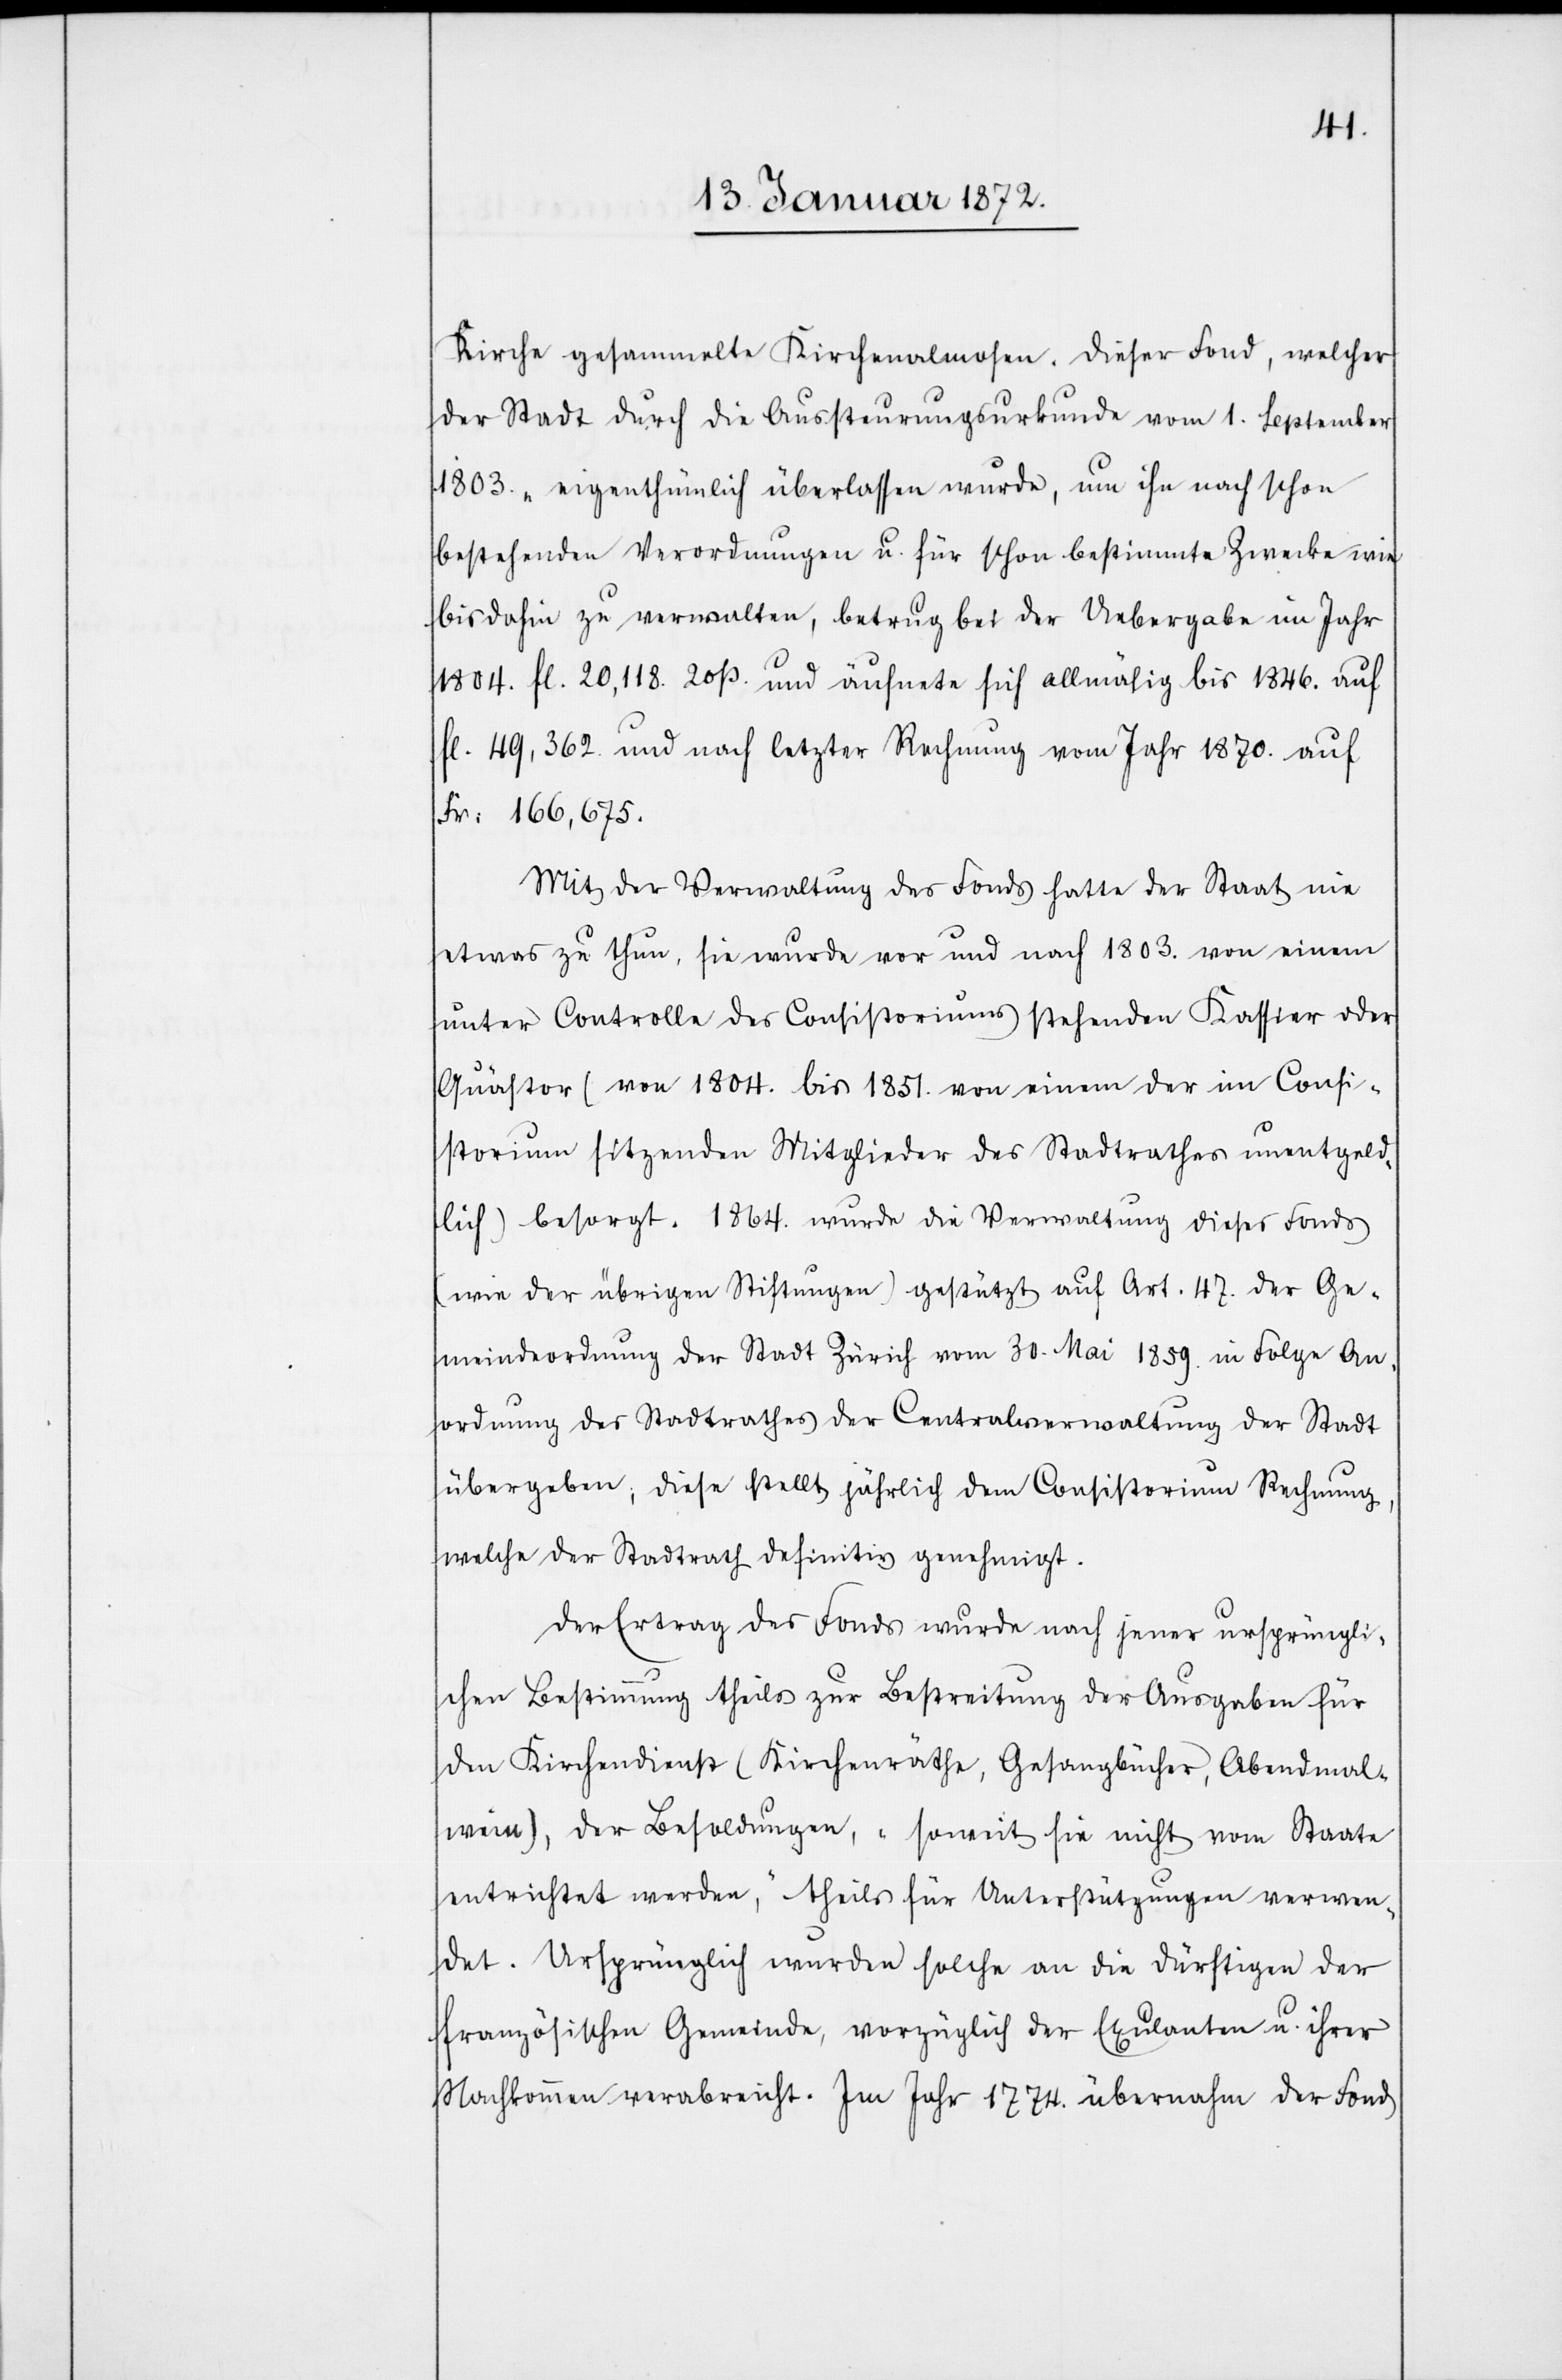
Kirche gesammelte Kirchenalmosen. Dieser Fond, welcher
der Stadt durch die Aussteurungsurkunde vom 1. September
1803. „eigenthümlich überlassen wurde, um ihn nach schon
bestehenden Verordnungen u. für schon bestimmte Zwecke wie
bis dahin zu verwalten, betrug bei der Uebergabe im Jahr
1804. fl. 20,118. 20ß und äufnete sich allmählig bis 1846. auf
fl. 49,362. und nach letzter Rechnung vom Jahr 1870. auf
Fr: 166,675.
Mit der Verwaltung des Fonds hatte der Staat nie
etwas zu thun, sie wurde vor und nach 1803. von einem
unter Controlle des Consistoriums stehenden Kassier oder
Quästor (von 1804. bis 1851. von einem der im Consi¬
storium sitzenden Mitglieder des Stadtrathes unentgelt¬
lich) besorgt. 1864. wurde die Verwaltung dieses Fonds
(wie der übrigen Stiftungen) gestützt auf Art. 47. der Ge¬
meindeordnung der Stadt Zürich vom 30. Mai 1859 in Folge An¬
ordnung des Stadtrathes der Centralverwaltung der Stadt
übergeben; diese stellt jährlich dem Consistorium Rechnung,
welche der Stadtrath definitiv genehmigt.
Der Ertrag des Fonds wurde nach jener ursprüngli¬
chen Bestimmung theils zur Bestreitung der Ausgaben für
den Kirchendienst (Kirchenräthe, Gesangbücher, Abendmal¬
wein), der Besoldungen, „soweit sie nicht vom Staate
entrichtet werden,“ theils für Unterstützungen verwen¬
det. Ursprünglich wurden solche an die Dürftigen der
französischen Gemeinde, vorzüglich der Exulanten u. ihrer
Nachkommen verabreicht. Im Jahr 1774. übernahm der Fond